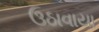
ઉઠાવાયા